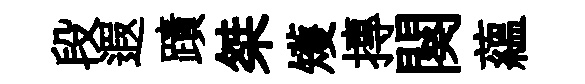
段遐蹟桀矱摶闋藴